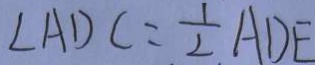
\angle A D C = \frac { 1 } { 2 } A D E